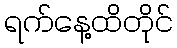
ရက်နေ့ထိတိုင်